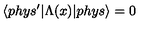
\langle p h y s ^ { \prime } | \Lambda ( x ) | p h y s \rangle = 0